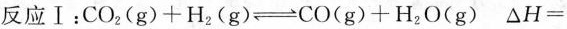
反应Ⅰ：$$CO(g)+H(g)\rightleftharpoons CO(g)+H_{2}O(g)$$ \Delta H=